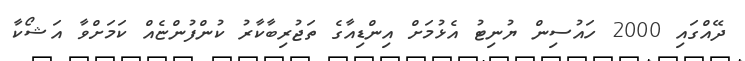
ދޭއްގައި 2000 ހައުސިން ޔުނިޓު އެޅުމަށް އިންޑިއާގެ ތަޖުރިބާކާރު ކުންފުންޏެއް ކަމަށްވާ އަޝޯކާ